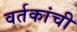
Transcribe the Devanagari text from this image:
वर्तकांची